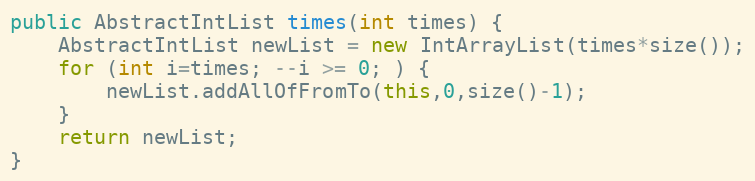
Language: Java
public AbstractIntList times(int times) {
	AbstractIntList newList = new IntArrayList(times*size());
	for (int i=times; --i >= 0; ) {
		newList.addAllOfFromTo(this,0,size()-1);
	}
	return newList;
}